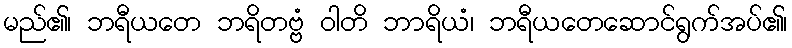
မည်၏၊ ဘရီယတေ ဘရိတဗ္ဗံ ဝါတိ ဘာရိယံ၊ ဘရီယတေဆောင်ရွက်အပ်၏၊